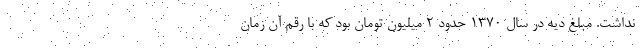
نداشت. مبلغ ديه در سال ۱۳۷۰ حدود ۲ ميليون تومان بود كه با رقم آن زمان